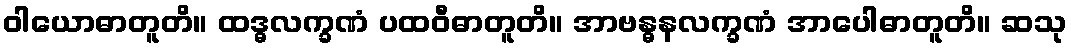
ဝါယောဓာတူတိ။ ထဒ္ဓလက္ခဏံ ပထဝီဓာတူတိ။ အာဗန္ဓနလက္ခဏံ အာပေါဓာတူတိ။ ဆသု